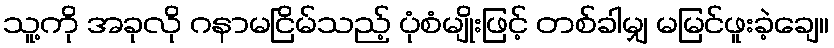
သူ့ကို အခုလို ဂနာမငြိမ်သည့် ပုံစံမျိုးဖြင့် တစ်ခါမျှ မမြင်ဖူးခဲ့ချေ။